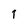
Character: 1